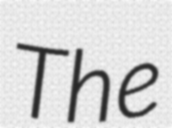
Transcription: The